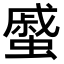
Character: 𧐶